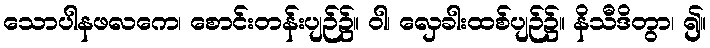
သောပါနဖလကေ၊ စောင်းတန်းပျဉ်၌။ ဝါ၊ လှေခါးထစ်ပျဉ်၌။ နိသီဒိတွာ၊ ၍။